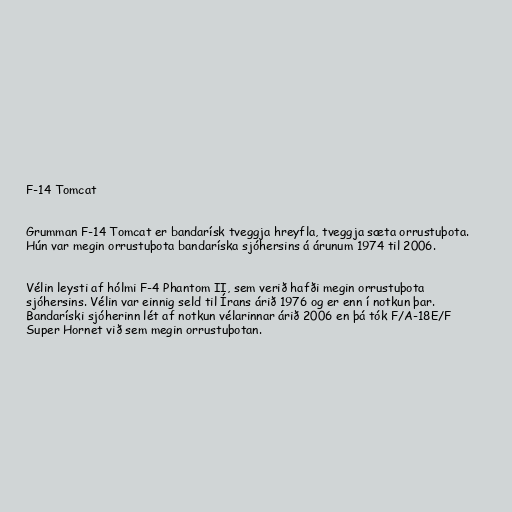
F-14 Tomcat

Grumman F-14 Tomcat er bandarísk tveggja hreyfla, tveggja sæta orrustuþota.
Hún var megin orrustuþota bandaríska sjóhersins á árunum 1974 til 2006.

Vélin leysti af hólmi F-4 Phantom II, sem verið hafði megin orrustuþota
sjóhersins. Vélin var einnig seld til Írans árið 1976 og er enn í notkun þar.
Bandaríski sjóherinn lét af notkun vélarinnar árið 2006 en þá tók F/A-18E/F
Super Hornet við sem megin orrustuþotan.